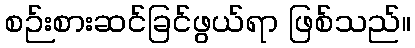
စဉ်းစားဆင်ခြင်ဖွယ်ရာ ဖြစ်သည်။